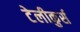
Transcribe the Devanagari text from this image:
टेलीकुर्स